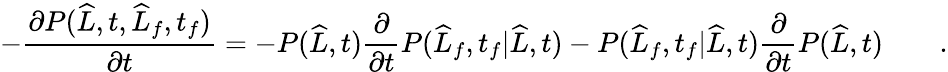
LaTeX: -\frac{\partial P(\widehat{L},t,\widehat{L}_{f},t_{f})}{\partial t}=-P(\widehat{L},t)\frac{\partial}{\partial t}P(\widehat{L}_{f},t_{f}|\widehat{L},t)-P(\widehat{L}_{f},t_{f}|\widehat{L},t)\frac{\partial}{\partial t}P(\widehat{L},t)\qquad.